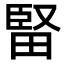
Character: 𤲗